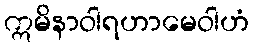
ဣမိနာဝါရဟာမေဝါဟံ